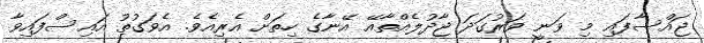
ޖައްސާފައި މި ވަނީ ވަރުގަދަ ޖާދުލެއްތާއޭ އޭނާގެ ހިތަށް އެރިއެވެ. އެވަގުތު އައިސްފައިވާ